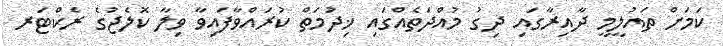
ކަމަށް ތައުލީމީ ދާއިރާގައި ދިގު މުއްދަތެއްގައި ޚިދުމަތް ކުރައްވާފައިވާ ވިލާ ކޮލެޖުގެ ރެކްޓަރ